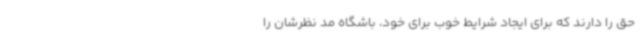
حق را دارند که برای ایجاد شرایط خوب برای خود، باشگاه مد نظرشان را